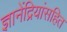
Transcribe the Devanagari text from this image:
ज्ञानेंद्रियांसहित